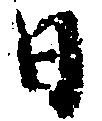
日